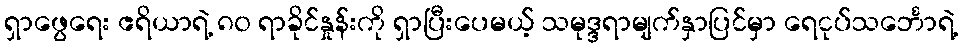
ရှာဖွေရေး ဧရိယာရဲ့ ၈၀ ရာခိုင်နှုန်းကို ရှာပြီးပေမယ့် သမုဒ္ဒရာမျက်နှာပြင်မှာ ရေငုပ်သင်္ဘောရဲ့